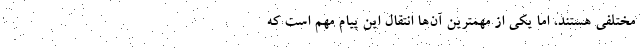
مختلفی هستند، اما یکی از مهمترین آن‌ها انتقال این پیام مهم است که